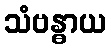
သံဗန္ဓာယ